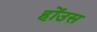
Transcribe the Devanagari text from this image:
होंउस